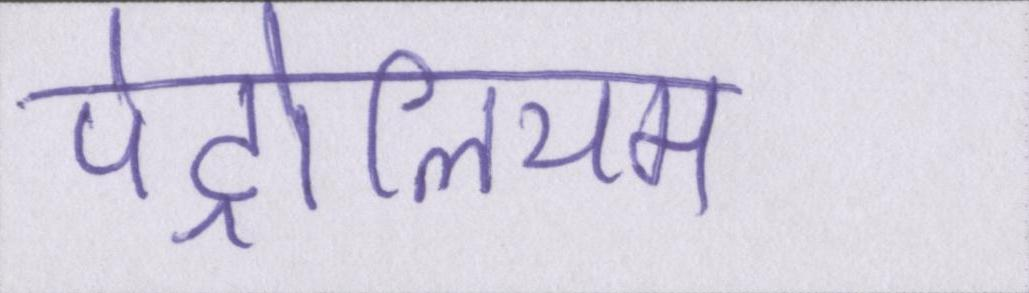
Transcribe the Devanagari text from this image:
पेट्रोलियम